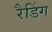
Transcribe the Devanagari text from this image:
रैडिंग